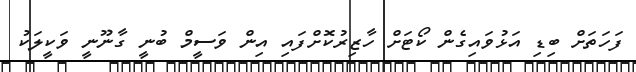
ފަހަތަށް ބިޑި އަޅުވައިގެން ކޯޓަށް ހާޒިރުކޮށްފައި އިން ވަސީމް ބުނީ ގާނޫނީ ވަކީލަކު